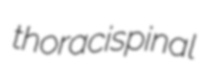
thoracispinal